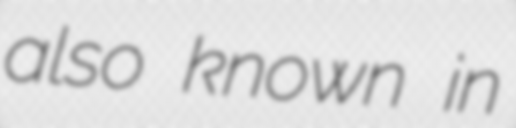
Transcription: also known in